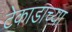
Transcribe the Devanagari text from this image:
टेकाडाच्या